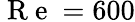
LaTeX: \mathrm{~R~e~}=600